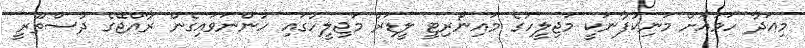
މިއަދާ ހަމައަށް މަނިކުފާނަކީ މަޖިލީހުގެ މައިނޯރިޓީ ލީޑަރު މަޖިލީހުގައި ހުންނަވައިގެން ރާއްޖޭގެ ދުސްތޫރީ